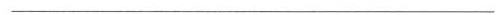
-